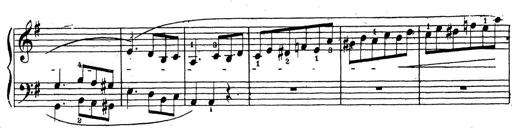
Title: 10 Sonatinas
Composer: Fritz Spindler